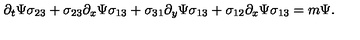
\partial _ { t } \Psi \sigma _ { 2 3 } + \sigma _ { 2 3 } \partial _ { x } \Psi \sigma _ { 1 3 } + \sigma _ { 3 1 } \partial _ { y } \Psi \sigma _ { 1 3 } + \sigma _ { 1 2 } \partial _ { x } \Psi \sigma _ { 1 3 } = m \Psi .